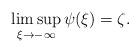
LaTeX: \begin{align*} \limsup\limits_{\xi\rightarrow-\infty}\psi(\xi)=\zeta.\end{align*}